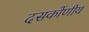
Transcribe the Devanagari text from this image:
दसकोंणीय